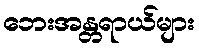
ဘေးအန္တရာယ်များ